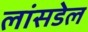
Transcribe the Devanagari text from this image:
लांसडेल